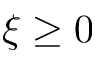
\xi \geq 0